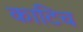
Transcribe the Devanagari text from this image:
काटिच